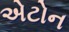
એટોન